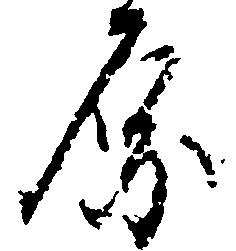
原